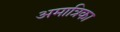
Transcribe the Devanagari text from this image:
अमात्रिका